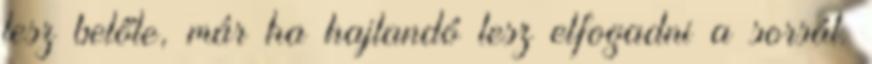
lesz belőle, már ha hajlandó lesz elfogadni a sorsát.